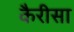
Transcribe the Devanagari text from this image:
कैरीसा